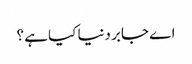
اے جابر دنیا کیا ہے ؟